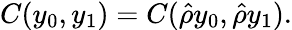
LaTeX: C(y_{0},y_{1})=C(\hat{\rho}y_{0},\hat{\rho}y_{1}).